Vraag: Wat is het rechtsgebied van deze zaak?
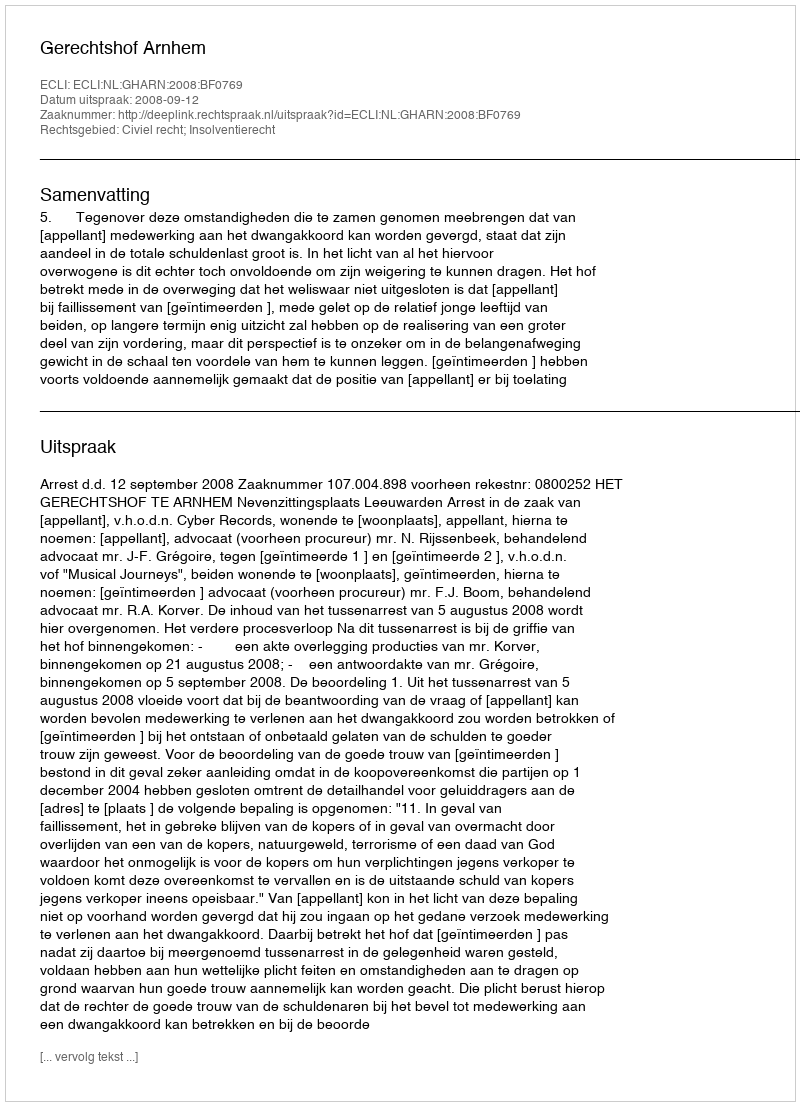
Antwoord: Civiel recht; Insolventierecht